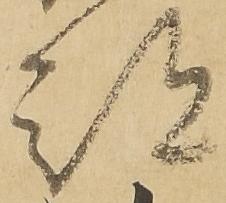
部